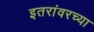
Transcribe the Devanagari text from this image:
इतरांवरच्या